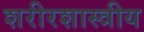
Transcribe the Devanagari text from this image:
शरीरशास्त्रीय